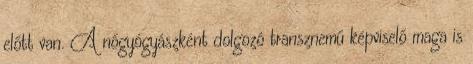
előtt van. A nőgyógyászként dolgozó transznemű képviselő maga is